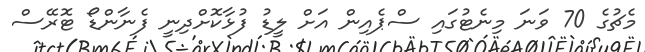
މެޗުގެ 70 ވަނަ މިނެޓުގައި ސްޕެއިން އަށް ލީޑު ފުޅާކޮށްދިނީ ފެނާންޑޯ ޓޮރޭސް